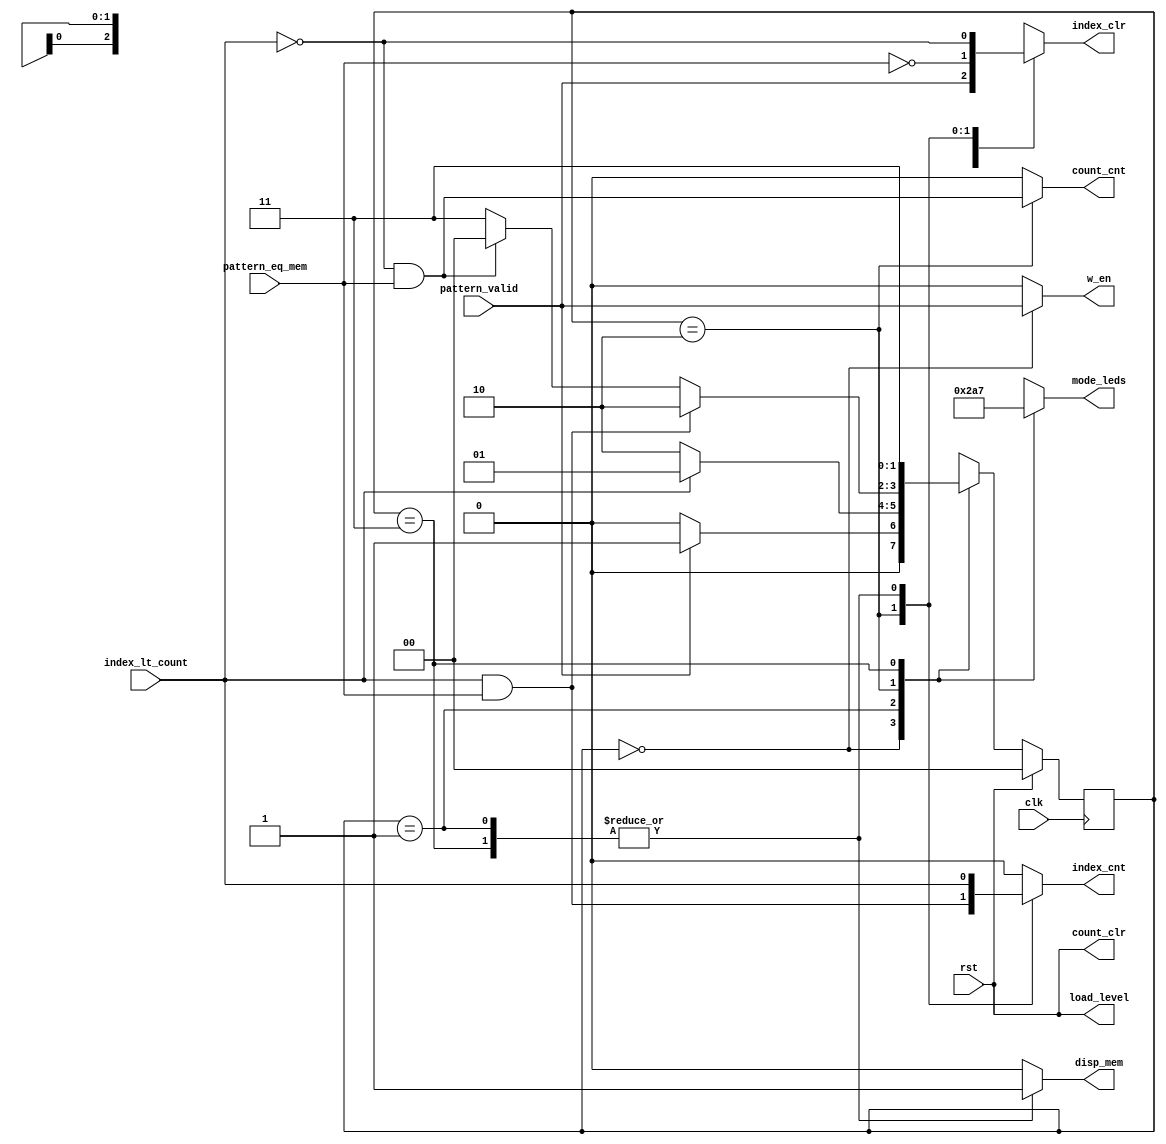
//==============================================================================
// Control Module for Simon Project
//==============================================================================

module SimonControl(
	// External Inputs
	input        clk,           // Clock
	input        rst,           // Reset

	// Datapath Inputs
	input     index_lt_count,
	input 	  pattern_eq_mem,
	input 	  pattern_valid,

	// Datapath Control Outputs
	output    reg count_cnt,
	output	  reg count_clr,
	output	  reg index_cnt,
	output 	  reg index_clr,
	output 	  reg disp_mem,
	output 	  reg w_en,
	output 	  reg load_level,
	// External Outputs
	output reg [2:0] mode_leds
);

	// Declare Local Vars Here
	reg [1:0] state;
	reg [1:0] next_state;

	// LED Light Parameters
	localparam LED_MODE_INPUT    = 3'b001;
	localparam LED_MODE_PLAYBACK = 3'b010;
	localparam LED_MODE_REPEAT   = 3'b100;
	localparam LED_MODE_DONE     = 3'b111;

	// Declare State Names Here
	localparam STATE_INPUT = 2'd0;
	localparam STATE_PLAYBACK = 2'd1;
	localparam STATE_REPEAT = 2'd2;
	localparam STATE_DONE = 2'd3;

	// Output Combinational Logic
	always @( * ) begin

		count_clr <= rst;
		load_level <= rst;
		count_cnt <= 0;
		index_cnt <= 0;
		index_clr <= 0;
		disp_mem <= 0;
		w_en <= 0;
		mode_leds <= 3'd0;

		case (state)
		  STATE_INPUT: begin
			mode_leds <= LED_MODE_INPUT;
			w_en <= pattern_valid;
			index_clr <= pattern_valid;
		  end
		  STATE_PLAYBACK: begin
			mode_leds <= LED_MODE_PLAYBACK;
			disp_mem <= 1;
			index_cnt <= index_lt_count;
			index_clr <= !index_lt_count;
		  end
		  STATE_REPEAT: begin
			mode_leds <= LED_MODE_REPEAT;
			index_cnt <= index_lt_count & pattern_eq_mem;
			index_clr <= !pattern_eq_mem;
			count_cnt <= !index_lt_count & pattern_eq_mem;
		  end
		  STATE_DONE: begin
			mode_leds <= LED_MODE_DONE;
			disp_mem <= 1;
			index_cnt <= index_lt_count;
			index_clr <= !index_lt_count;
		  end
		endcase


	end

	// Next State Combinational Logic
	always @( * ) begin

		case (state)
		  STATE_INPUT: begin
			if (!pattern_valid) next_state = STATE_INPUT;
			else next_state = STATE_PLAYBACK;
		  end
		  STATE_PLAYBACK: begin
			if (index_lt_count) next_state = STATE_PLAYBACK;
			else next_state = STATE_REPEAT;
		  end
		  STATE_REPEAT: begin
			if (index_lt_count & pattern_eq_mem) next_state = STATE_REPEAT;
			else if (!index_lt_count & pattern_eq_mem) next_state = STATE_INPUT;
			else next_state = STATE_DONE;
		  end
		  STATE_DONE: begin
			next_state = STATE_DONE;
		  end
		endcase	

	end

	// State Update Sequential Logic
	always @(posedge clk) begin
		if (rst) begin
			// Update state to reset state
			state <= STATE_INPUT;
		end
		else begin
			// Update state to next state
			state <= next_state;
		end
	end

endmodule